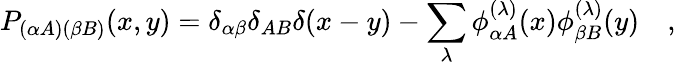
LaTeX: P_{(\alpha A)(\beta B)}(x,y)=\delta_{\alpha\beta}\delta_{AB}\delta(x-y)-\sum_{\lambda}\phi_{\alpha A}^{(\lambda)}(x)\phi_{\beta B}^{(\lambda)}(y)\quad,